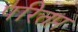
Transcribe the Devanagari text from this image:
परितप्त